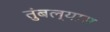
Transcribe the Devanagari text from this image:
तुंबल्यास